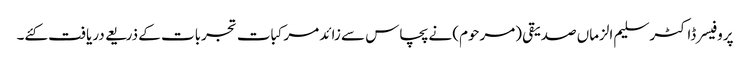
پروفیسر ڈاکٹر سلیم الزماں صدیقی (مرحوم) نے پچاس سے زائد مرکبات تجربات کے ذریعے دریافت کئے۔